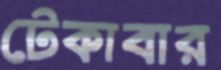
টেকাবার